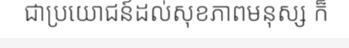
ជាប្រយោជន៍ដល់សុខភាពមនុស្ស ក៏